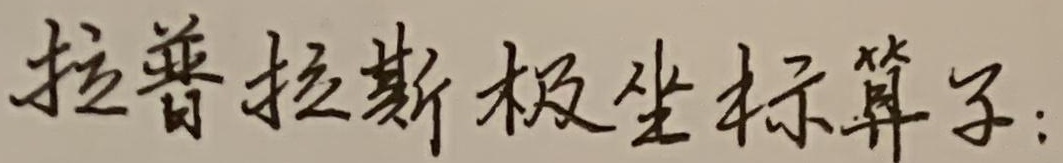
拉普拉斯极坐标算子：